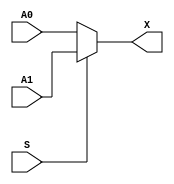
module MUX2(X, A0, A1, S);
   parameter WIDTH=32;     // How many bits wide are the lines

   output [WIDTH-1:0] X;   // The output line

   input [WIDTH-1:0]  A1;  // Input line with id 1'b1
   input [WIDTH-1:0]  A0;  // Input line with id 1'b0
   input 	      S;  // Selection bit
   
   assign X = S  ? A1 : A0;
endmodule // multiplexer_2_1